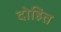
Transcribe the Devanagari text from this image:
दोहित